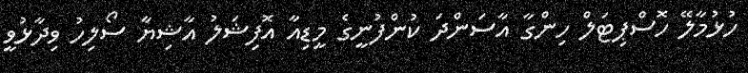
ހުޅުމާލޭ ހޮސްޕިޓަލް ހިންގާ އާސަންދަ ކުންފުނީގެ މީޑިއާ އޮފިޝަލު އާޝިޔާ ސޯލިހު ވިދާޅުވީ